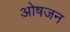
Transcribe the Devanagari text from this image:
ओषजन